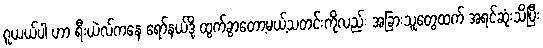
ဂူယယ်ပါ ဟာ ရီးယဲလ်ကနေ ရော်နယ်ဒို ထွက်ခွာတော့မယ့်သတင်းကိုလည်း အခြားသူတွေထက် အရင်ဆုံးသိပြီး